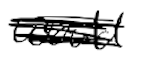
Text: would
Cross-out: scratch
Writing tool: digital_black